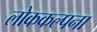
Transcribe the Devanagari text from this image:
लोककल्पना